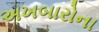
અખબારોના